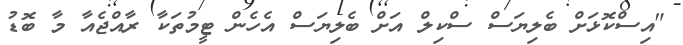
"އިސްކޮޅަށް ބެލިޔަސް ސްކިލް އަށް ބެލިޔަސް އެހެން ޓީމުތަކާ ރާއްޖެއާ މާ ބޮޑު